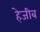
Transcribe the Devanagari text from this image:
हेजीब